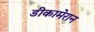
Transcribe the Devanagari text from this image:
डीकामेरान